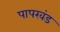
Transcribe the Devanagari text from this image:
पापखंड